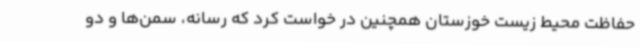
حفاظت محیط زیست خوزستان همچنین در خواست کرد که رسانه، سمن‌ها و دو